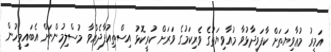
އަމީރު މުޢާވިޔަތަށް ކާފަވިދާޅުވާ މުއާވިޔަތުގެ ވެރިކަމުގެ ވަރަށް ކުރީކޮޅު އިސްތިއުފާދެއްވާ މުސްލިމުންނަށް އެބައިމީހުން